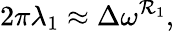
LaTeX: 2\pi\lambda_{1}\approx\Delta\omega^{\mathcal{R}_{1}},